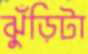
ঝুঁড়িটা